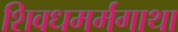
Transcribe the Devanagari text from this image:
शिवधमर्मगाथा